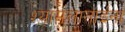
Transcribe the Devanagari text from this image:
श्यामलाताईंना